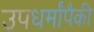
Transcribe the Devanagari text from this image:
उपधर्मांपैकी